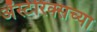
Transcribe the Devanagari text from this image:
अॅस्टेरिक्सच्या